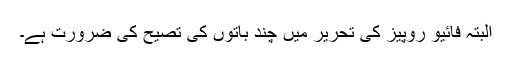
البتہ فائیو روپیز کی تحریر میں چند باتوں کی تصیح کی ضرورت ہے۔